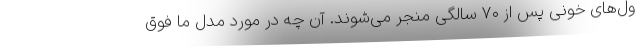
ول‌های خونی پس از ۷۰ سالگی منجر می‌شوند. آن چه در مورد مدل ما فوق